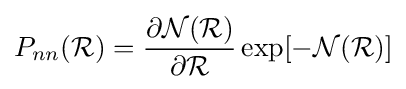
P_{nn}({\mathcal {R}})={\frac {\partial {\mathcal {N}}({\mathcal {R}})}{\partial {\mathcal {R}}}}\exp[-{\mathcal {N}}({\mathcal {R}})]